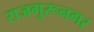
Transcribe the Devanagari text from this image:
राजगुरूनगर